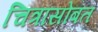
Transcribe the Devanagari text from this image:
चित्रांसोबत